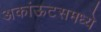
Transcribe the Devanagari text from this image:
अकांऊटसमध्ये